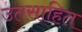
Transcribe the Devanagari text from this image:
उतसाहित